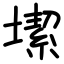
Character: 𡐤